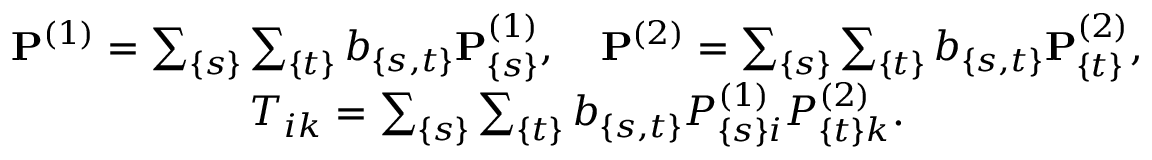
\begin{array} { c } { { { \bf P } ^ { ( 1 ) } = \sum _ { \{ s \} } \sum _ { \{ t \} } b _ { \{ s , t \} } { \bf P } _ { \{ s \} } ^ { ( 1 ) } , \quad { \bf P } ^ { ( 2 ) } = \sum _ { \{ s \} } \sum _ { \{ t \} } b _ { \{ s , t \} } { \bf P } _ { \{ t \} } ^ { ( 2 ) } , } } \\ { { T _ { i k } = \sum _ { \{ s \} } \sum _ { \{ t \} } b _ { \{ s , t \} } P _ { \{ s \} i } ^ { ( 1 ) } P _ { \{ t \} k } ^ { ( 2 ) } . } } \end{array}